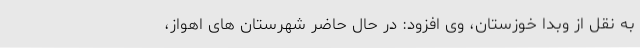
به نقل از وبدا خوزستان، وی افزود: در حال حاضر شهرستان های اهواز،